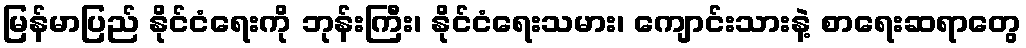
မြန်မာပြည် နိုင်ငံရေးကို ဘုန်းကြီး၊ နိုင်ငံရေးသမား၊ ကျောင်းသားနဲ့ စာရေးဆရာတွေ